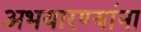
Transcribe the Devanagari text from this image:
अभयारण्यांना